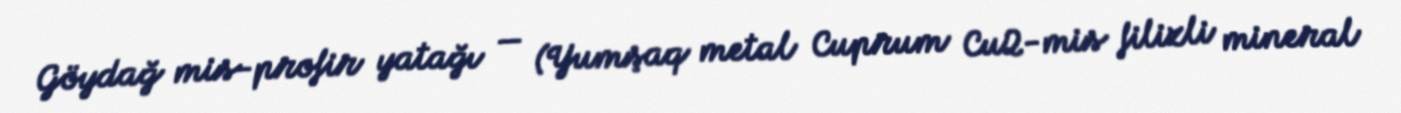
Göydağ mis-profir yatağı — (Yumşaq metal Cuprum Cu2-mis filizli mineral